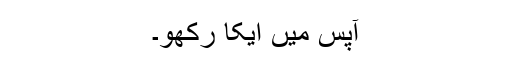
آپس میں ایکا رکھو۔